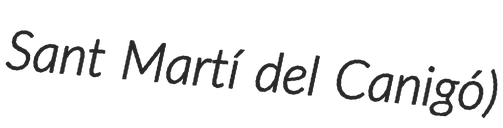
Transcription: Sant Martí del Canigó)